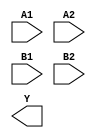
module sky130_fd_sc_hvl__o22ai (
    //# {{data|Data Signals}}
    input  A1,
    input  A2,
    input  B1,
    input  B2,
    output Y
);

    // Voltage supply signals
    supply1 VPWR;
    supply0 VGND;
    supply1 VPB ;
    supply0 VNB ;

endmodule